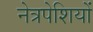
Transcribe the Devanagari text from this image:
नेत्रपेशियों